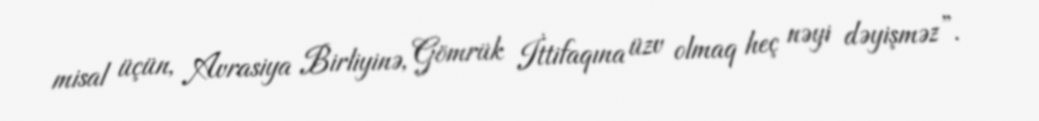
misal üçün, Avrasiya Birliyinə, Gömrük İttifaqına üzv olmaq heç nəyi dəyişməz”.